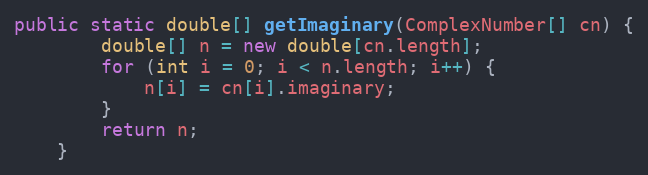
Language: Java
public static double[] getImaginary(ComplexNumber[] cn) {
        double[] n = new double[cn.length];
        for (int i = 0; i < n.length; i++) {
            n[i] = cn[i].imaginary;
        }
        return n;
    }